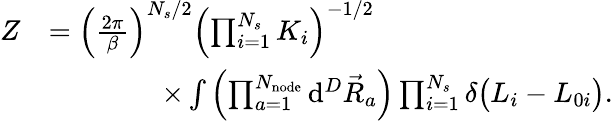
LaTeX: \begin{array}{rl}{Z}&{=\left(\frac{2\pi}{\beta}\right)^{N_{s}/2}\left(\prod_{i=1}^{N_{s}}{K_{i}}\right)^{-1/2}}\\ &{\qquad\qquad\times\int{\left(\prod_{a=1}^{N_{\mathrm{node}}}{\mathrm{d}^{D}\vec{R}_{a}}\right)\prod_{i=1}^{N_{s}}{\delta\big(L_{i}-L_{0i}\big)}}.}\end{array}